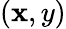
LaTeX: (\mathbf{x},y)